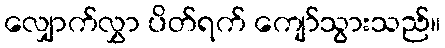
လျှောက်လွှာ ပိတ်ရက် ကျော်သွားသည်။